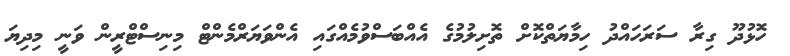
ހޮޅުދޫ ގިރާ ސަރަހައްދު ހިމާޔަތްކޮށް ތޮށިލުމުގެ އެއްބަސްވުމެއްގައި އެންވަޔަރްމެންޓް މިނިސްޓްރީން ވަނީ މިދިޔަ